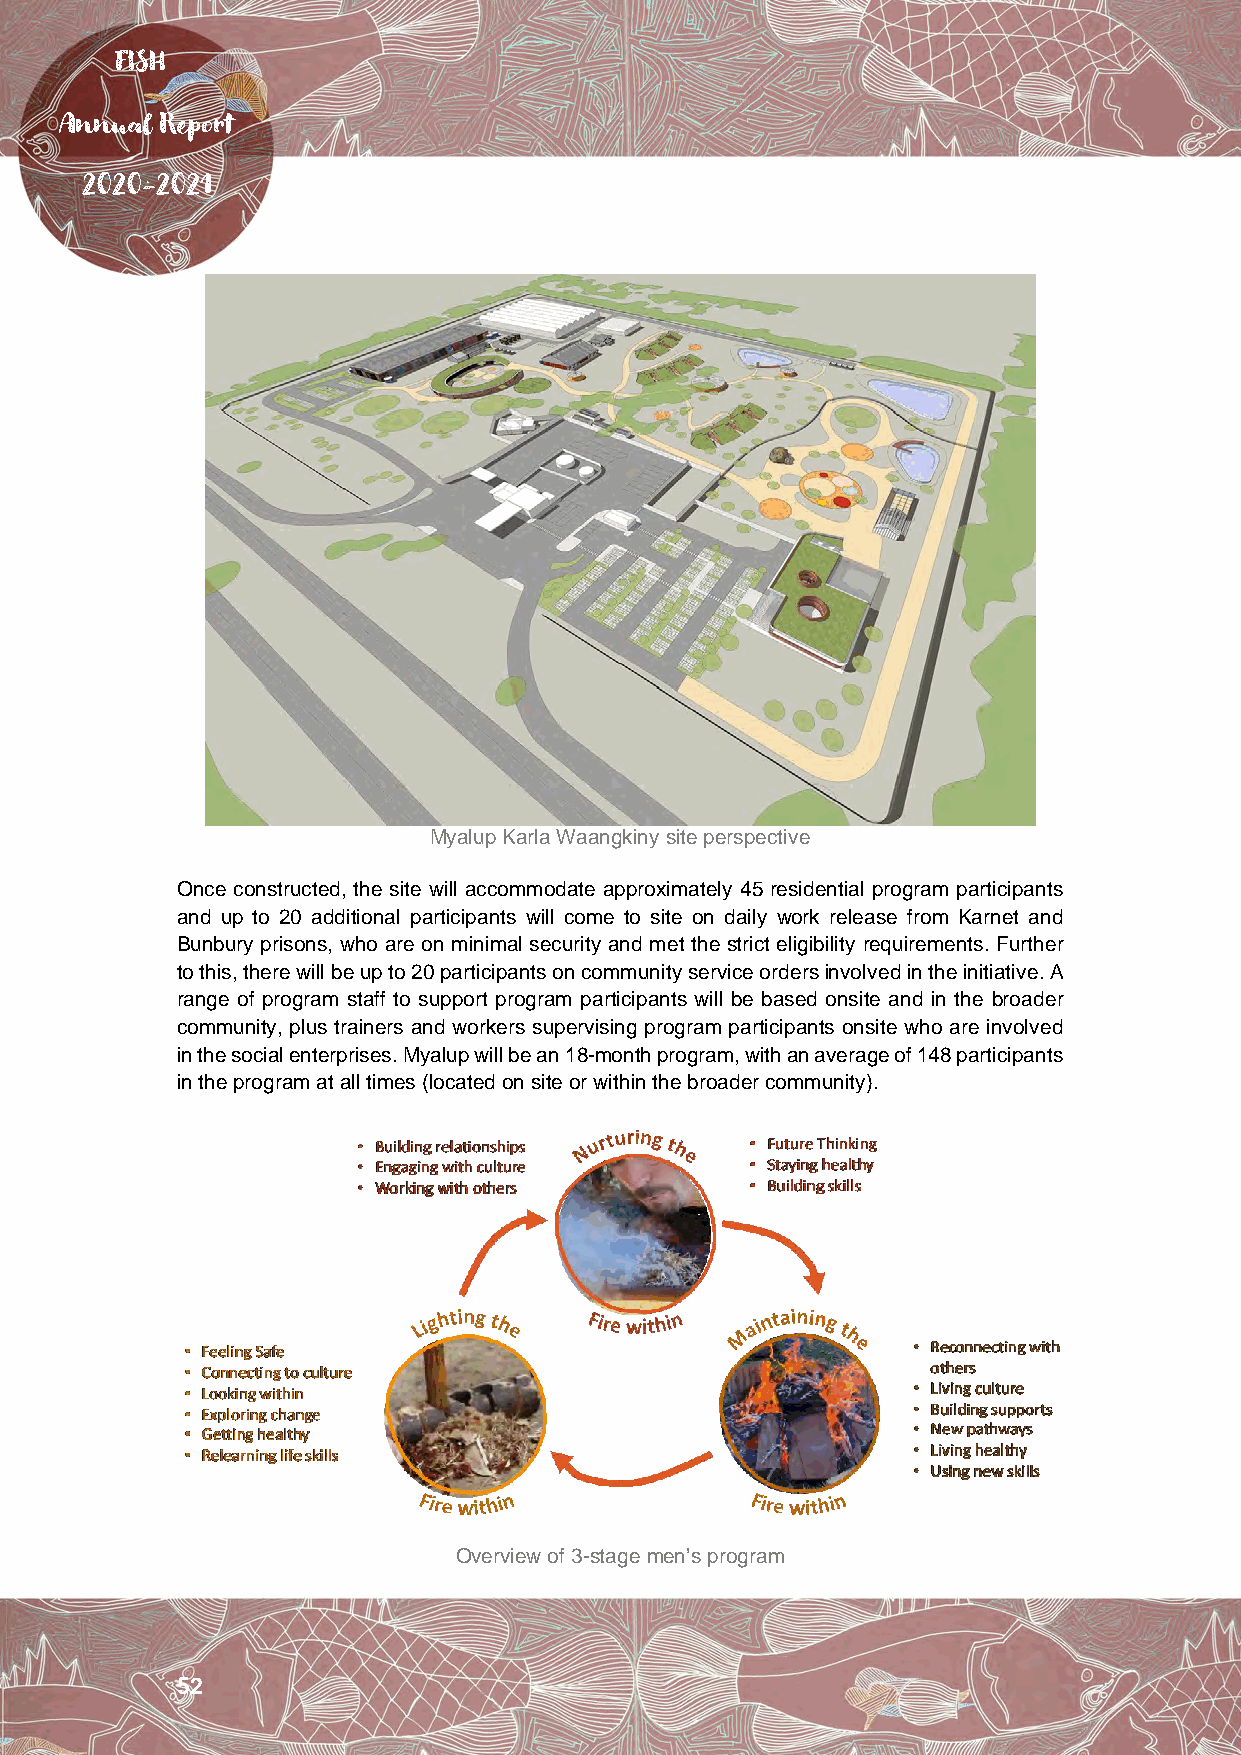
FISH
 Annual Report
 2020-2021
 Myalup Karla Waangkiny site perspective
 Once constructed, the site will accommodate approximately 45 residential program participants
 and up to 20 additional participants will come to site on daily work release from Karnet and
 Bunbury prisons, who are on minimal security and met the strict eligibility requirements. Further
 to this, there will be up to 20 participants on community service orders involved in the initiative. A
 range of program staff to support program participants will be based onsite and in the broader
 community, plus trainers and workers supervising program participants onsite who are involved
 in the social enterprises. Myalup will be an 18-month program, with an average of 148 participants
 in the program at all times (located on site or within the broader community).
 Overview of 3-stage men’s program
 52